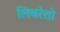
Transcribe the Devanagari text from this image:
लिबरेत्तो